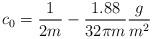
LaTeX: \begin{align*}c_0=\frac{1}{2m}-\frac{1.88}{32\pi m}\frac{g}{m^2}\end{align*}